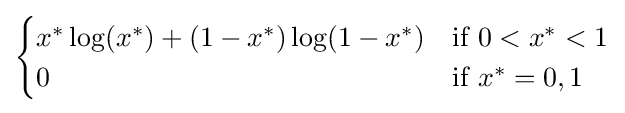
{\begin{cases}x^{*}\log(x^{*})+(1-x^{*})\log(1-x^{*})&{\text{if }}0<x^{*}<1\\0&{\text{if }}x^{*}=0,1\end{cases}}